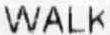
WALK